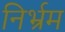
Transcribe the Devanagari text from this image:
निर्भ्रम